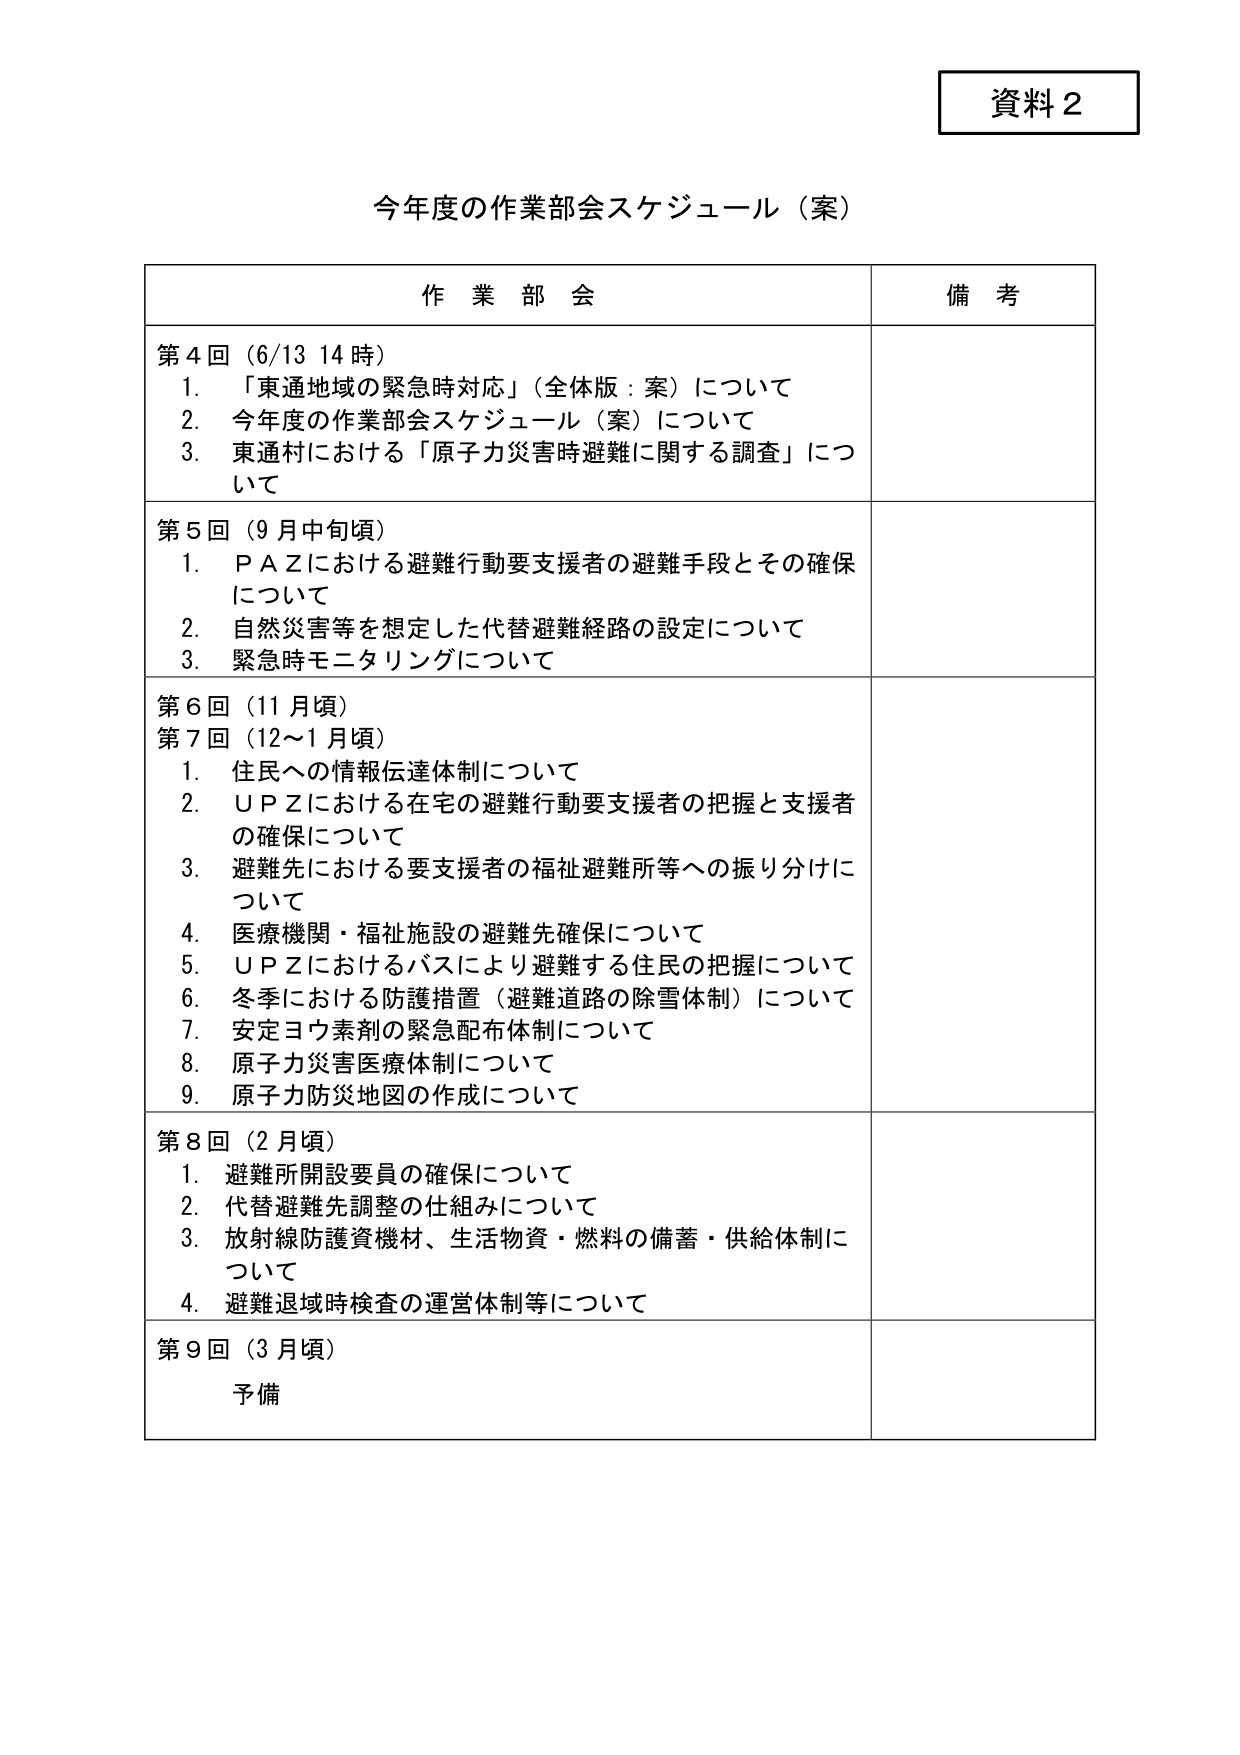
資料２

今年度の作業部会スケジュール（案）

作業部会　　　　　　　　　　　　　　　　　　　　　　　　　　　備考

第４回（6/13 14時）
1. 「東通地域の緊急時対応」（全体版：案）について
2. 今年度の作業部会スケジュール（案）について
3. 東通村における「原子力災害時避難に関する調査」について

第５回（９月中旬頃）
1. ＰＡＺにおける避難行動要支援者の避難手段とその確保について
2. 自然災害等を想定した代替避難経路の設定について
3. 緊急時モニタリングについて

第６回（11月頃）
第７回（12～1月頃）
1. 住民への情報伝達体制について
2. ＵＰＺにおける在宅の避難行動要支援者の把握と支援者の確保について
3. 避難先における要支援者の福祉避難所等への振り分けについて
4. 医療機関・福祉施設の避難先確保について
5. ＵＰＺにおけるバスにより避難する住民の把握について
6. 冬季における防護措置（避難道路の除雪体制）について
7. 安定ヨウ素剤の緊急配布体制について
8. 原子力災害医療体制について
9. 原子力防災地図の作成について

第８回（2月頃）
1. 避難所開設要員の確保について
2. 代替避難先調整の仕組みについて
3. 放射線防護資機材、生活物資・燃料の備蓄・供給体制について
4. 避難退域時検査の運営体制等について

第９回（3月頃）
予備